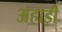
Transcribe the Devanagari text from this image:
अहाड़ी